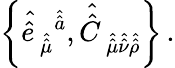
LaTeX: \left\{ \hat{\hat{e}\, }_{\hat{\hat{\mu}}}{}^{\hat{\hat{a}}},\hat{\hat{C}\, }_{\hat{\hat{\mu}}\hat{\hat{\nu}}\hat{\hat{\rho}}}\right\} \, .